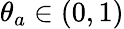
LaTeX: \theta_{a}\in(0,1)